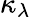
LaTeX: \kappa_{\lambda}